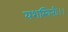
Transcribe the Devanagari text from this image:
यशस्विनीः।।